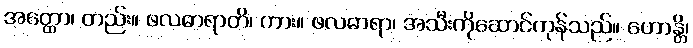
အတ္ထော၊ တည်း။ ဖလဓာရာတိ၊ ကား။ ဖလဓာရာ၊ အသီးကိုဆောင်ကုန်သည်။ ဟောန္တိ၊